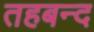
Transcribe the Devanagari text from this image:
तहबन्द